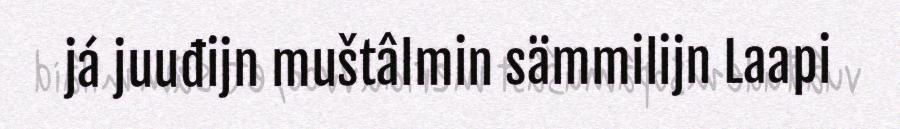
já juuđijn muštâlmin sämmilijn Laapi